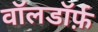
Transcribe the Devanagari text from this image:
वॉलडॉर्फ़